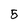
Character: 5